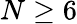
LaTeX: N\geq 6